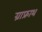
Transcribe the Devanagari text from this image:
ग्राफ्राथ